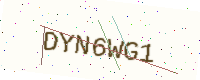
Text: DYN6WG1